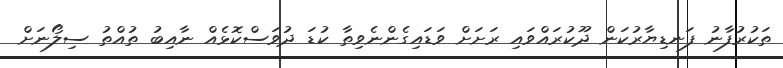
ތަކުރުފާނު ފަނޑިޔާރުކަން ދޫކުރައްވައި ރަށަށް ވަޑައިގެންނެވިތާ ކުޑަ ދުވަސްކޮޅެއް ނާއިބު ތުއްތު ސިލޯނަށް